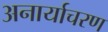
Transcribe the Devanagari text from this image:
अनार्याचरण